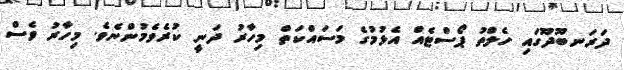
ދަރަނބޫދޫގައި ހެލްތު ޕޯސްޓެއް އެޅުމުގެ މަސައްކަތް މިހާރު ދަނީ ކުރެވެމުންނެވެ. މިހާރު ވެސް